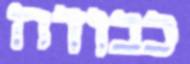
כבודה